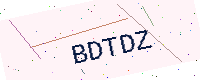
Text: BDTDZ